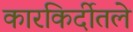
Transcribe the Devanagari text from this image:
कारकिर्दीतले